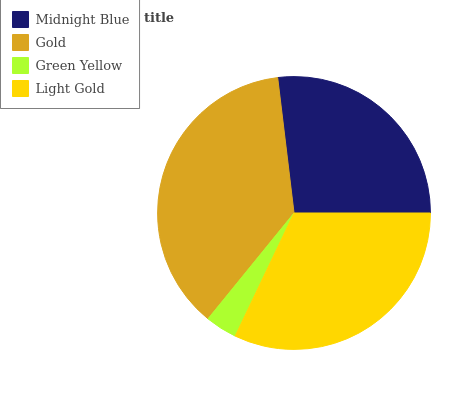
| Midnight Blue | Gold | Green Yellow | Light Gold |
 | --- | --- | --- | --- |
 | 26.9% | 37.2% | 3.77% | 32.1% |